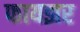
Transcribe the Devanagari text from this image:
फायझर